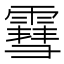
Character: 䨮